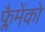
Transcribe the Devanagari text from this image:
फ्लैमेंको